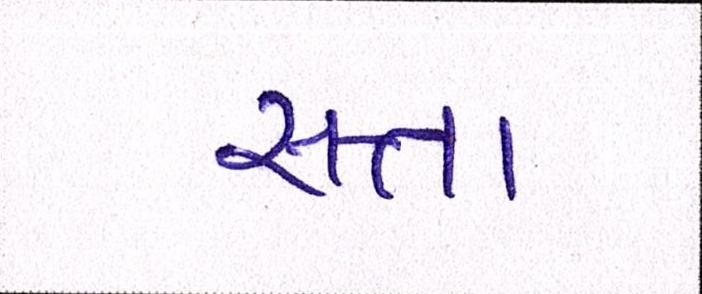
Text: સત્તા